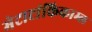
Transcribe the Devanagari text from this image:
मेटाटांकिकाम्ल